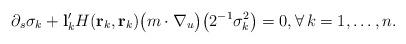
LaTeX: \begin{align*} \partial_s\sigma_k + \mathbf l'_kH(\mathbf r_k,\mathbf r_k)\big(m\cdot\nabla_u\big)\big(2^{-1}\sigma_k^2\big)=0, \forall\,k=1,\ldots,n.\end{align*}